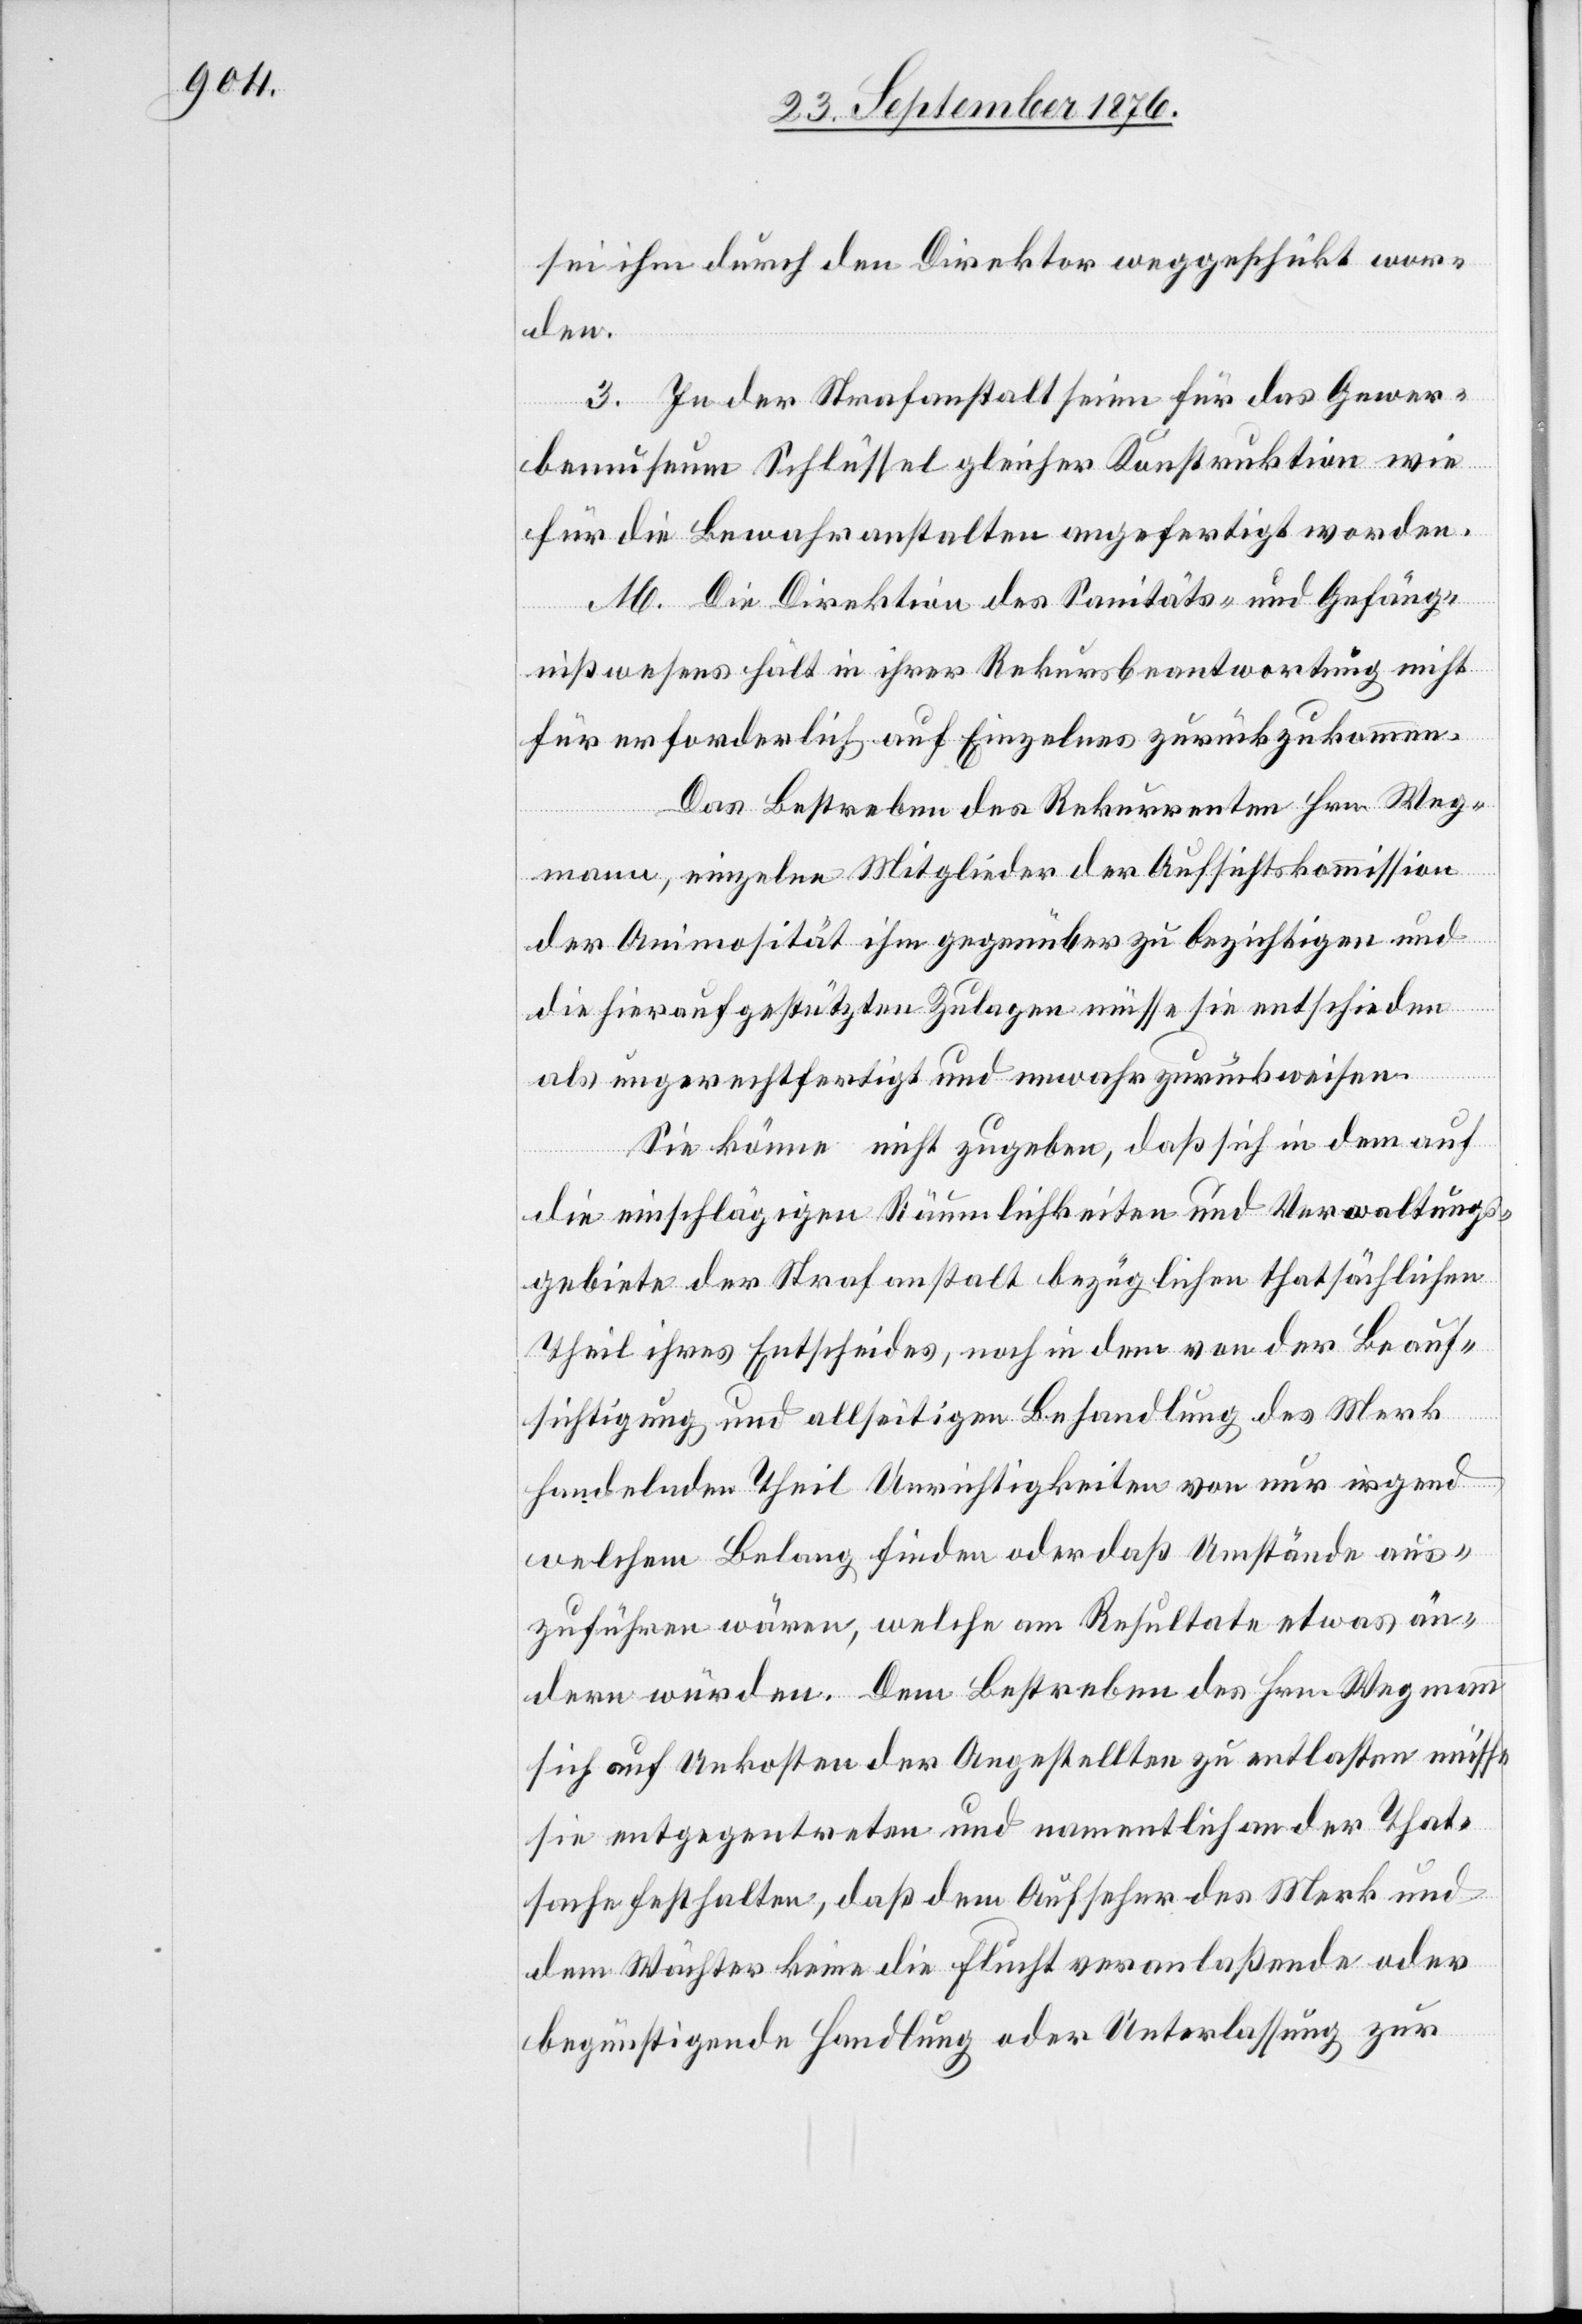
sei ihm durch den Direktor weggeschickt wor¬
den.
3. In der Strafanstalt seien für das Gewer¬
bemuseum Schlüssel gleicher Konstruktion wie
für die Bewahranstalten angefertigt worden.
M. Die Direktion des Sanitäts- und Gefäng¬
nißwesens hält in ihrer Rekursbeantwortung nicht
für erforderlich auf Einzelnes zurückzukommen.
Das Bestreben des Rekurrenten Hrn. Weg¬
mann, einzelne Mitglieder der Aufsichtskommission
der Animosität ihm gegenüber zu bezichtigen und
die hieraufgestützten Zulagen müsse sie entschieden
als ungerechtfertigt und unwahr zurückweisen.
Sie könne nicht zugeben, das sich in dem auf
die einschlägigen Räumlichkeiten und Verwaltungs¬
gebiete der Strafanstalt bezüglichen thatsächlichen
Theil ihres Entscheides, noch in dem von der Beauf¬
sichtigung und allseitigen Behandlung des Merk
handelnden Theil Unrichtigkeiten von nur irgend
welchem Belang finden oder daß Umstände aus¬
zuführen wären, welche am Resultate etwas än¬
dern würden. Dem Bestrebend es Hrn. Wegmann
sich auf Unkosten der Angestellten zu entlasten müsse
sie entgegentreten und namentlich an der That¬
sache festhalten, daß dem Aufseher des Merk und
dem Wächter keine die Flucht veranlaßende oder
begünstigende Handlung oder Unterlassung zur